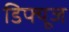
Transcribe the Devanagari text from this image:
डिफ्यूज